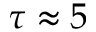
\tau \approx 5